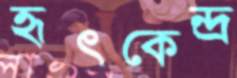
হৃৎকেন্দ্র